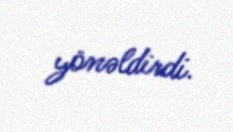
yönəldirdi.